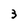
Character: 3